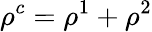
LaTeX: \rho^{c}=\rho^{1}+\rho^{2}